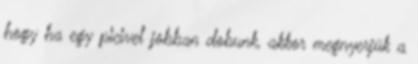
hogy ha egy picivel jobban dobunk, akkor megnyerjük a